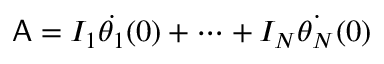
\mathsf { A } = I _ { 1 } \dot { \theta _ { 1 } } ( 0 ) + \cdots + I _ { N } \dot { \theta _ { N } } ( 0 )